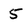
Character: 5